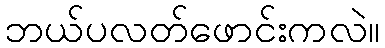
ဘယ်ပလတ်ဖောင်းကလဲ။